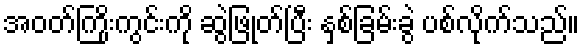
အဝတ်ကြိုးကွင်းကို ဆွဲဖြုတ်ပြီး နှစ်ခြမ်းခွဲ ပစ်လိုက်သည်။